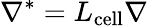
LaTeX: \nabla^{*}=L_{\mathrm{cell}}\nabla